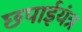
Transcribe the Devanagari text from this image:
छपाईयंत्र